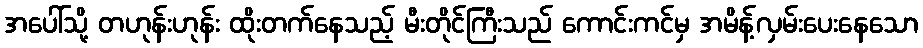
အပေါ်သို့ တဟုန်းဟုန်း ထိုးတက်နေသည့် မီးတိုင်ကြီးသည် ကောင်းကင်မှ အမိန့်လှမ်းပေးနေသော